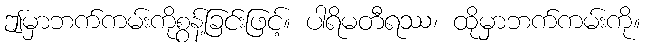
ဤမှာဘက်ကမ်းကိုစွန့်ခြင်းဖြင့်။ ပါရိမတီရဿ၊ ထိုမှာဘက်ကမ်းကို။